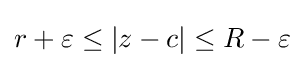
r+\varepsilon \leq |z-c|\leq R-\varepsilon